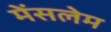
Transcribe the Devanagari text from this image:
मेंसलेम